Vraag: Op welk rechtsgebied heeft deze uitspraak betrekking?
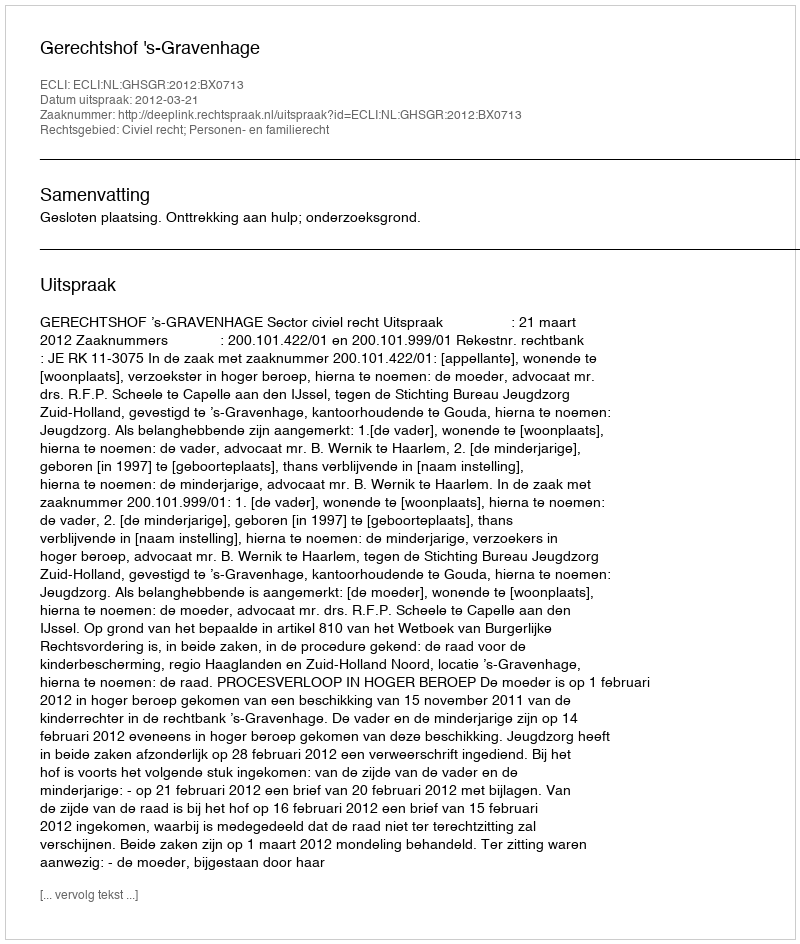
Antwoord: Civiel recht; Personen- en familierecht